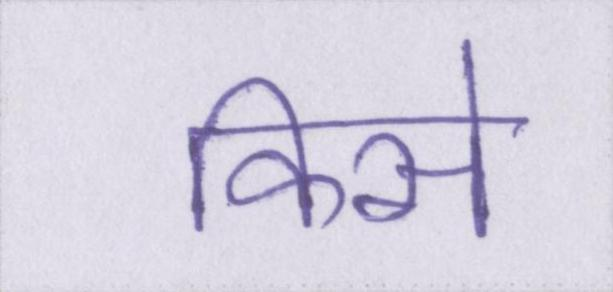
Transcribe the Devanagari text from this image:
किसे